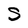
Character: s